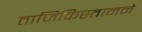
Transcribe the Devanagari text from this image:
ताजिकिस्तानने